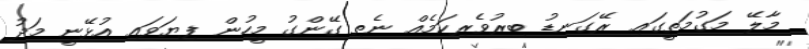
މާލޭ މަގުމަތީގައި ރޭގަނޑު ބިރުވެރިކަމެއް ނެތި ގޭންގު މީހުން ފިޔަވައި އުޅޭނީ މަދު